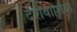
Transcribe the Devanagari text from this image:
देशवाशियों